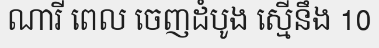
ណារី ពេល ចេញដំបូង ស្មើនឹង 10